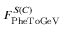
F _ { \mathrm { P h e T o G e V } } ^ { S ( C ) }